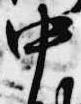
中